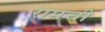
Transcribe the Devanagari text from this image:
रामची